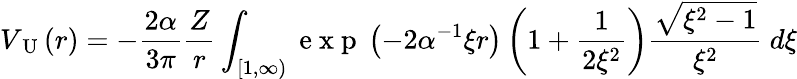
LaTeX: V_{\mathrm{~U~}}(r)=-\frac{2\alpha}{3\pi}\frac{Z}{r}\int_{[1,\infty)}\mathrm{~e~x~p~}\left(-2\alpha^{-1}\xi r\right)\left(1+\frac{1}{2\xi^{2}}\right)\frac{\sqrt{\xi^{2}-1}}{\xi^{2}}~d\xi